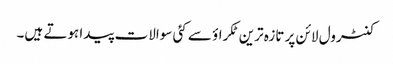
کنٹرول لائن پر تازہ ترین ٹکراؤ سے کئی سوالات پیدا ہوتے ہیں۔